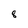
Character: 8